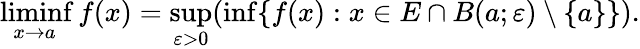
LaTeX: \operatorname*{liminf}_{x\to a}f(x)=\operatorname*{sup}_{\varepsilon>0}(\operatorname*{inf}\{ f(x):x\in E\cap B(a;\varepsilon)\setminus\{ a\} \} ).